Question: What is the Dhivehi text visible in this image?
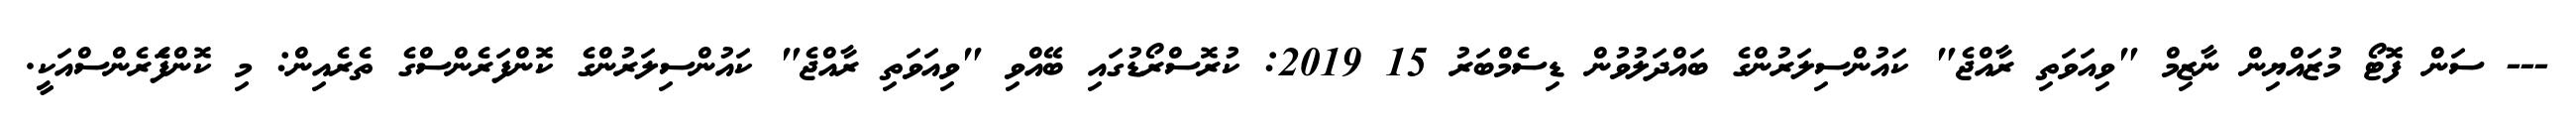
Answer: --- ސަން ފޮޓޯ މުޒައްޔިން ނާޒިމް "ވިއަވަތި ރާއްޖެ" ކައުންސިލަރުންގެ ބައްދަލުވުން ޑިސެމްބަރު 15 2019: ކުރޮސްރޯޑުގައި ބޭއްވި "ވިއަވަތި ރާއްޖެ" ކައުންސިލަރުންގެ ކޮންފަރެންސްގެ ތެރެއިން: މި ކޮންފެަރެންސްއަކީ.